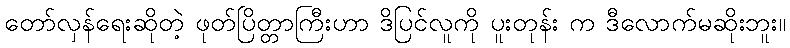
တော်လှန်ရေးဆိုတဲ့ ဖုတ်ပြိတ္တာကြီးဟာ ဒိပြင်လူကို ပူးတုန်း က ဒီလောက်မဆိုးဘူး။